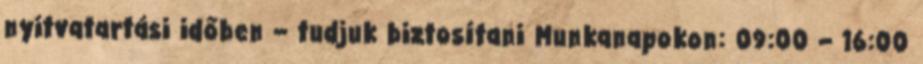
nyitvatartási időben – tudjuk biztosítani Munkanapokon: 09:00 – 16:00